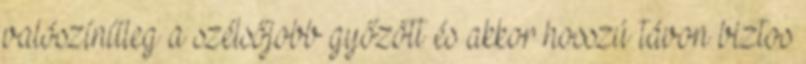
valószínűleg a szélsőjobb győzött és akkor hosszú távon biztos